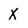
Character: X